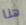
هنا